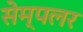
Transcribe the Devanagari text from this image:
सेम्पलर